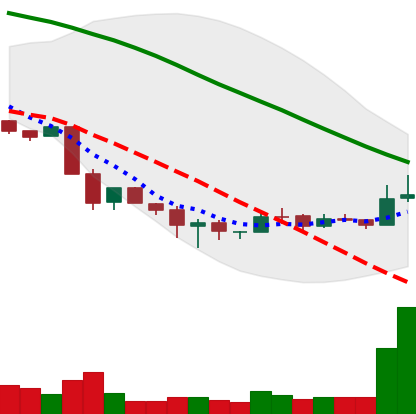
Ticker: BNB-USD
Chart end date: 2018-12-05
Forward return: -21.256%
Label: down_7plus